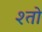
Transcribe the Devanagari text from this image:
श्तो